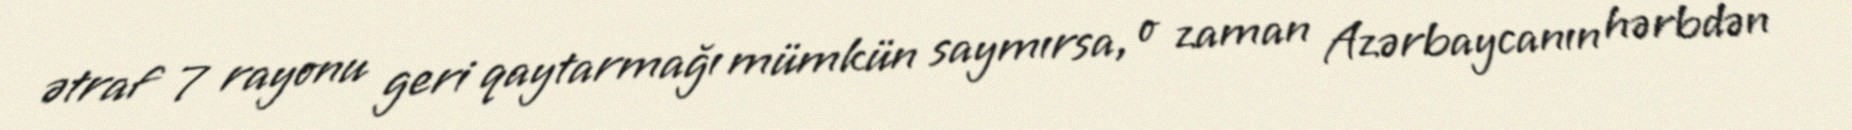
ətraf 7 rayonu geri qaytarmağı mümkün saymırsa, o zaman Azərbaycanın hərbdən